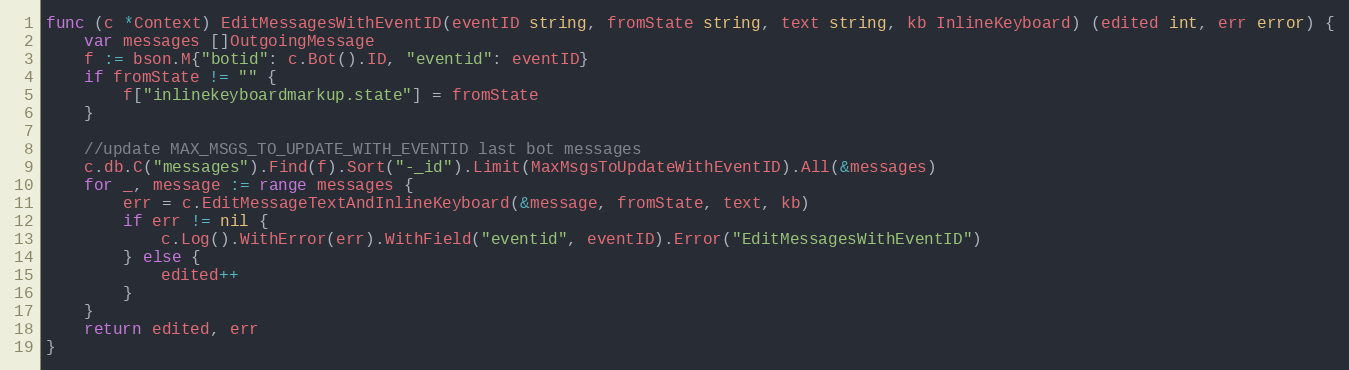
Language: Go
func (c *Context) EditMessagesWithEventID(eventID string, fromState string, text string, kb InlineKeyboard) (edited int, err error) {
	var messages []OutgoingMessage
	f := bson.M{"botid": c.Bot().ID, "eventid": eventID}
	if fromState != "" {
		f["inlinekeyboardmarkup.state"] = fromState
	}

	//update MAX_MSGS_TO_UPDATE_WITH_EVENTID last bot messages
	c.db.C("messages").Find(f).Sort("-_id").Limit(MaxMsgsToUpdateWithEventID).All(&messages)
	for _, message := range messages {
		err = c.EditMessageTextAndInlineKeyboard(&message, fromState, text, kb)
		if err != nil {
			c.Log().WithError(err).WithField("eventid", eventID).Error("EditMessagesWithEventID")
		} else {
			edited++
		}
	}
	return edited, err
}